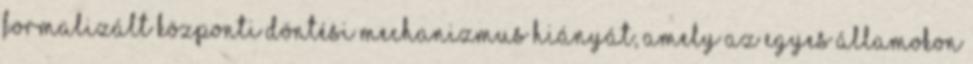
formalizált központi döntési mechanizmus hiányát, amely az egyes államokon